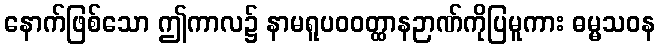
နောက်ဖြစ်သော ဤကာလ၌ နာမရူပဝဝတ္ထာနဉာဏ်ကိုပြမူကား ဓမ္မသဝန